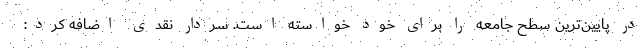
در پایین‌ترین سطح جامعه را برای خود خواسته است. سردار نقدی اضافه کرد: